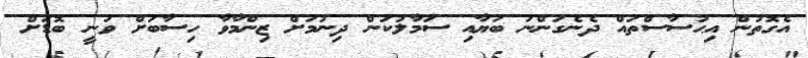
އެގޮތުން އިޙުސާސްތައް ދެނެގަންނަ ބަޔާއި ސަމާލުކަން ދިނުމަށް ޒިންމާވާ ހިސާބަށް ވަނީ ބޮޑަށް